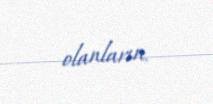
olanların.